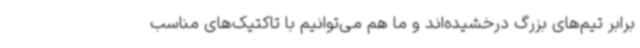
برابر تیم‌های بزرگ درخشیده‌اند و ما هم می‌توانیم با تاکتیک‌های مناسب